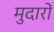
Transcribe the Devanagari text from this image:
मुदारों